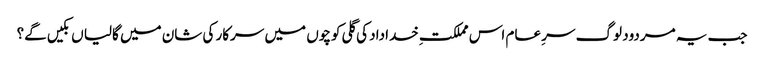
جب یہ مردود لوگ سرِ عام اس مملکتِ خداداد کی گلی کوچوں میں سرکار کی شان میں گالیا ں بکیں گے؟